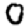
Digit: 0